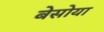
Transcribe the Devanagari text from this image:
बेसोया